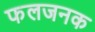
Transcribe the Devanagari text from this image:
फलजनक